Vaccination in Bombay 1869-1873 - 1869-1873
Year: 1869
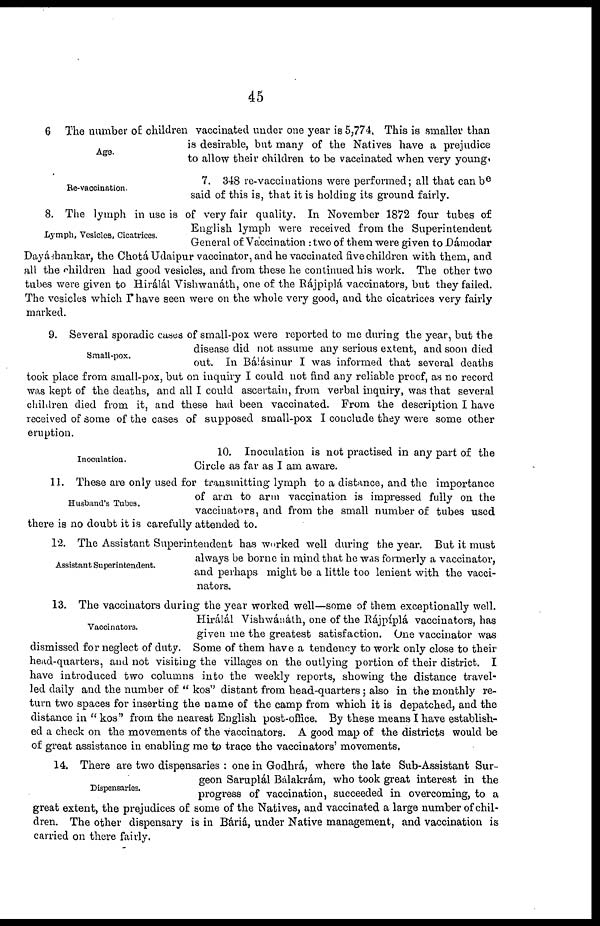
45
Age.
6 The number of children vaccinated under one year is 5,774, This is smaller than
is desirable, but many of the Natives have a prejudice
to allow their children to be vaccinated when very young.
Re-vaccination.
7. 348 re-vaccinations were performed; all that can be
said of this is, that it is holding its ground fairly.
Lymph, Vesicles, Cicatrices.
8. The lymph in use is of very fair quality. In November 1872 four tubes of
English lymph were received from the Superintendent
General of Vaccination : two of them were given to Dámodar
Dayáshankar, the Chotá Udaipur vaccinator, and he vaccinated five children with them, and
all the children had good vesicles, and from these he continued his work. The other two
tubes were given to Hirálál Vishwanáth, one of the Rájpiplá vaccinators, but they failed.
The vesicles which r have seen were on the whole very good, and the cicatrices very fairly
marked.
Small-pox.
9. Several sporadic cases of small-pox were reported to me during the year, but the
disease did not assume any serious extent, and soon died
out. In Bálásinur I was informed that several deaths
took place from small-pox, but on inquiry I could not find any reliable proof, as no record
was kept of the deaths, and all I could ascertain, from verbal inquiry, was that several
children died from it, and these had been vaccinated. From the description I have
received of some of the cases of supposed small-pox I conclude they were some other
eruption.
Inoculation.
10. Inoculation is not practised in any part of the
Circle as far as I am aware.
Husband's Tubes.
11. These are only used for transmitting lymph to a distance, and the importance
of arm to arm vaccination is impressed fully on the
vaccinators, and from the small number of tubes used,
there is no doubt it is carefully attended to.
Assistant Superintendent.
12. The Assistant Superintendent has worked well during the year. But it must
always be borne in mind that he was formerly a vaccinator,
and perhaps might be a little too lenient with the vacci-
nators.
Vaccinators.
13. The vaccinators during the year worked well—some of them exceptionally well.
Hirálál Vishwánáth, one of the Rájpíplá vaccinators, has
given me the greatest satisfaction. One vaccinator was
dismissed for neglect of duty. Some of them have a tendency to work only close to their
head-quarters, and not visiting the villages on the outlying portion of their district. I
have introduced two columns into the weekly reports, showing the distance travel-
led daily and the number of " kos" distant from head-quarters ; also in the monthly re-
turn two spaces for inserting the name of the camp from which it is depatched, and the
distance in " kos" from the nearest English post-office. By these means I have establish-
ed a check on the movements of the vaccinators. A good map of the districts would be
of great assistance in enabling me to trace the vaccinators' movements.
Dispensaries.
14. There are two dispensaries : one in Godhrá, where the late Sub-Assistant Sur-
geon Saruplál Bálakrám, who took great interest in the
progress of vaccination, succeeded in overcoming, to a
great extent, the prejudices of some of the Natives, and vaccinated a large number of chil-
dren. The other dispensary is in Báriá, under Native management, and vaccination is
carried on there fairly.